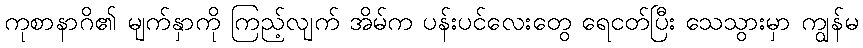
ကုစာနာဂိ၏ မျက်နှာကို ကြည့်လျက် အိမ်က ပန်းပင်လေးတွေ ရေငတ်ပြီး သေသွားမှာ ကျွန်မ